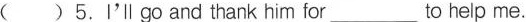
( ) 5.I^{\prime} ll go and thank him for___to help me.